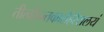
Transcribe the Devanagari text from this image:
तीर्त्वाऽन्तकालेहरेरालयं